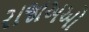
રાજાઅઓ